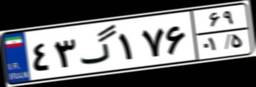
۹۴گ۸۸۹۱۶